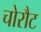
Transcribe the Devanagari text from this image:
चोरौट